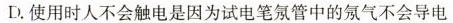
D.使用时人不会触电是因为试电笔氖管中的氖气不会导电管